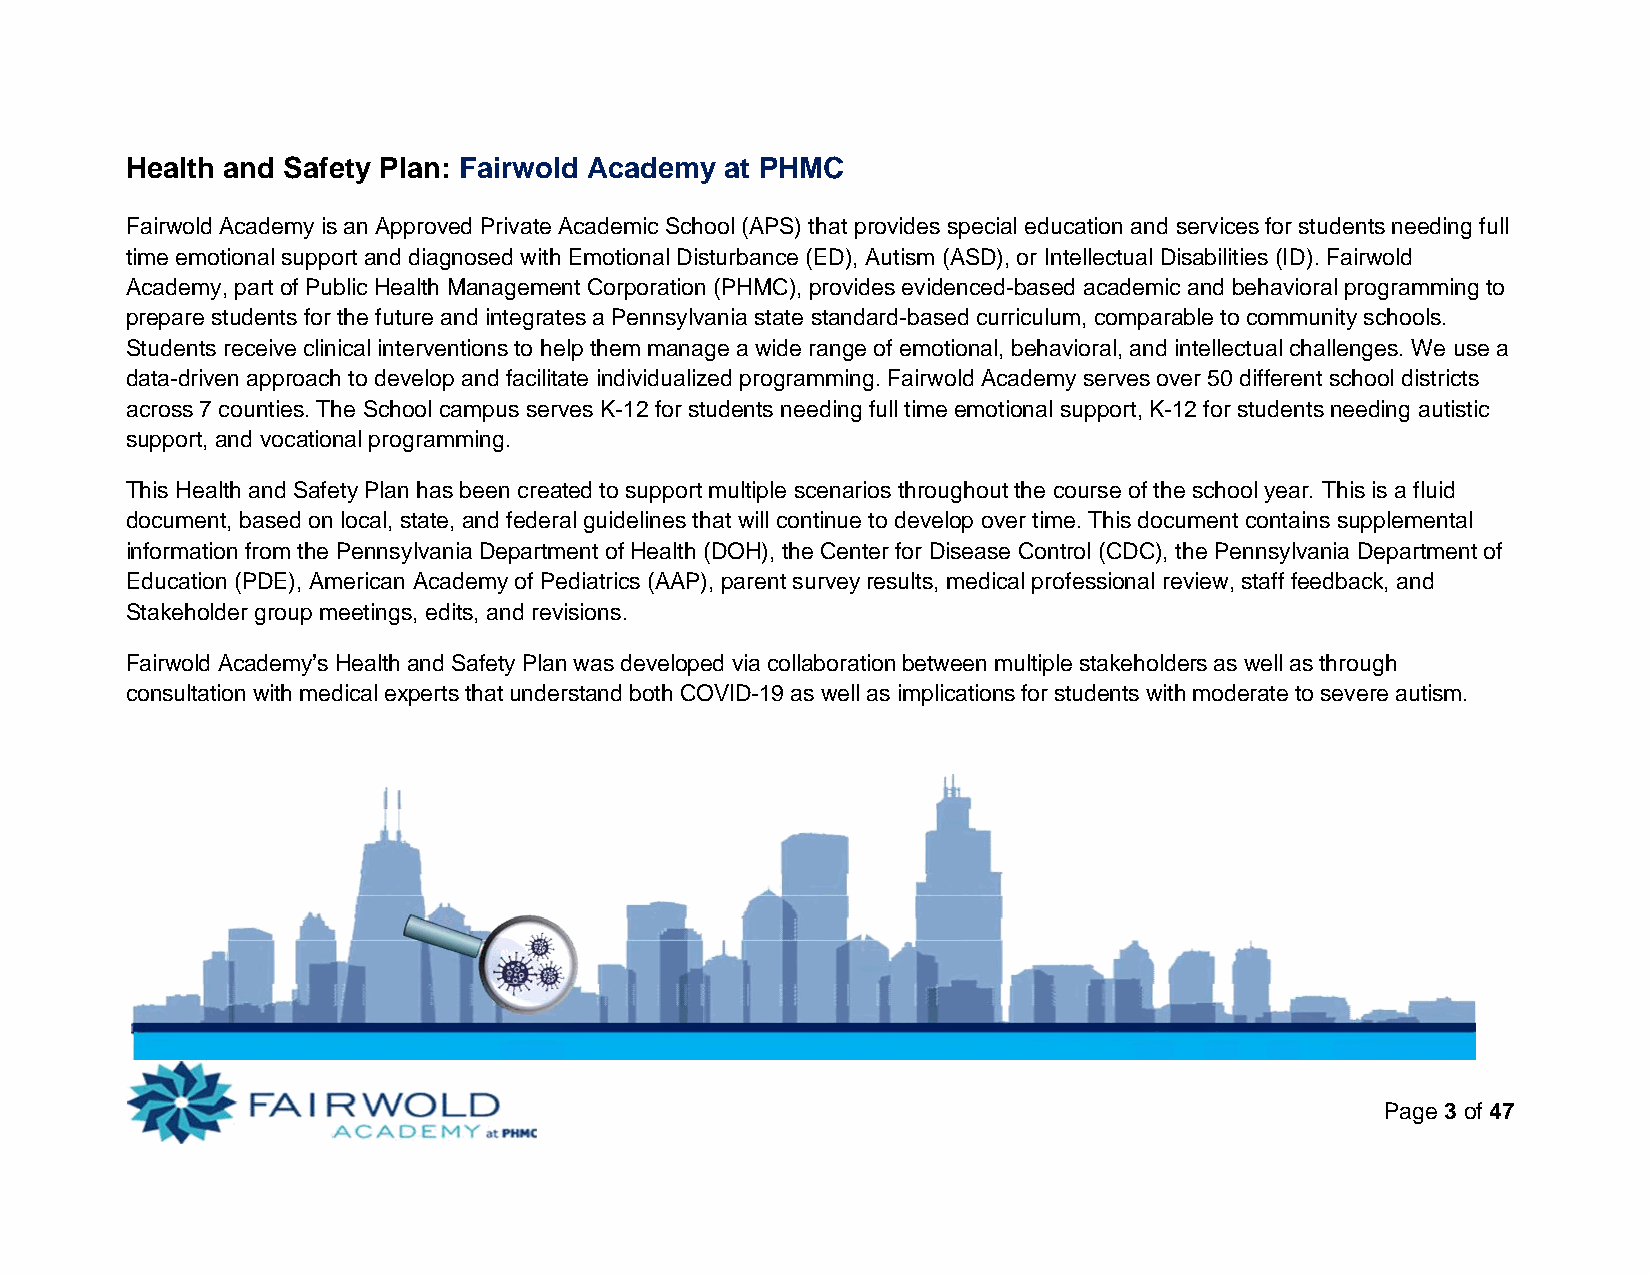
Health and Safety Plan: Fairwold Academy at PHMC
 Fairwold Academy is an Approved Private Academic School (APS) that provides special education and services for students needing full
 time emotional support and diagnosed with Emotional Disturbance (ED), Autism (ASD), or Intellectual Disabilities (ID). Fairwold
 Academy, part of Public Health Management Corporation (PHMC), provides evidenced-based academic and behavioral programming to
 prepare students for the future and integrates a Pennsylvania state standard-based curriculum, comparable to community schools.
 Students receive clinical interventions to help them manage a wide range of emotional, behavioral, and intellectual challenges. We use a
 data-driven approach to develop and facilitate individualized programming. Fairwold Academy serves over 50 different school districts
 across 7 counties. The School campus serves K-12 for students needing full time emotional support, K-12 for students needing autistic
 support, and vocational programming.
 This Health and Safety Plan has been created to support multiple scenarios throughout the course of the school year. This is a fluid
 document, based on local, state, and federal guidelines that will continue to develop over time. This document contains supplemental
 information from the Pennsylvania Department of Health (DOH), the Center for Disease Control (CDC), the Pennsylvania Department of
 Education (PDE), American Academy of Pediatrics (AAP), parent survey results, medical professional review, staff feedback, and
 Stakeholder group meetings, edits, and revisions.
 Fairwold Academy’s Health and Safety Plan was developed via collaboration between multiple stakeholders as well as through
 consultation with medical experts that understand both COVID-19 as well as implications for students with moderate to severe autism.
 Page 3 of 47